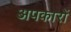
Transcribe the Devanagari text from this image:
अपकारों